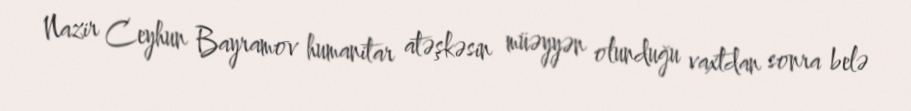
Nazir Ceyhun Bayramov humanitar atəşkəsin müəyyən olunduğu vaxtdan sonra belə